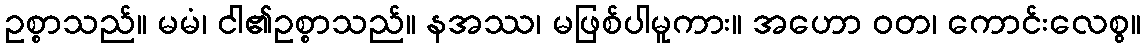
ဥစ္စာသည်။ မမံ၊ ငါ၏ဥစ္စာသည်။ နအဿ၊ မဖြစ်ပါမူကား။ အဟော ဝတ၊ ကောင်းလေစွ။